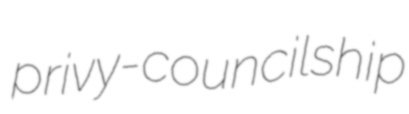
privy-councilship